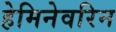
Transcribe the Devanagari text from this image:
हेमिनेवरिन